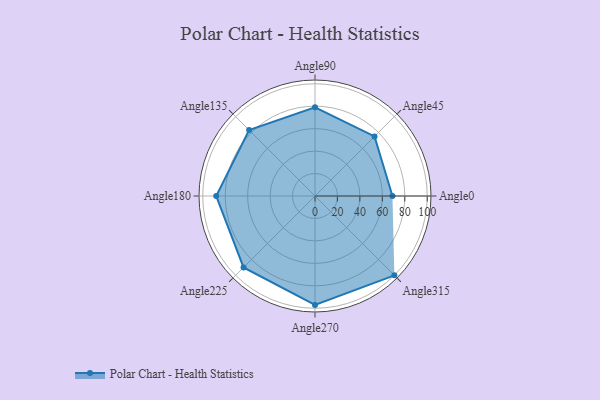
{"axis": {"x": "Angle", "y": "Radius"}, "legend": [""], "data": [{"x": "Angle0", "y": 69.0, "type": ""}, {"x": "Angle45", "y": 75.0, "type": ""}, {"x": "Angle90", "y": 79.0, "type": ""}, {"x": "Angle135", "y": 83.0, "type": ""}, {"x": "Angle180", "y": 88.0, "type": ""}, {"x": "Angle225", "y": 90.0, "type": ""}, {"x": "Angle270", "y": 97.0, "type": ""}, {"x": "Angle315", "y": 100.0, "type": ""}]}